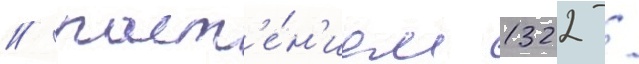
/ раст'е́н'ием 1322 /